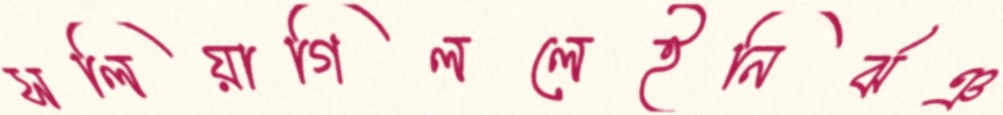
সলিয়াগিললেইনির্ঝঞ